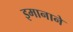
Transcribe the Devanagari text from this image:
इमानाने